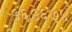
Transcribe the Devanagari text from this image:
५६५६७४